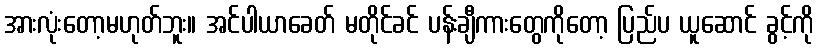
အားလုံးတော့မဟုတ်ဘူး။ အင်ပါယာခေတ် မတိုင်ခင် ပန်းချီကားတွေကိုတော့ ပြည်ပ ယူဆောင် ခွင့်ကို